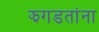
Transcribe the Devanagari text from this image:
झगडतांना